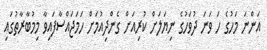
އަންނަ މަހުގެ ހަ ވަނަ ދުވަހުގެ ނިޔަލަށް ކުރިއަށް ގެންދިއުމަށް ހަމަޖައްސާފައިވާ މިމުބާރާތުގައި